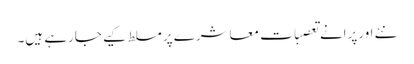
نئے اورپرانے تعصبات معاشرے پر مسلط کیے جارہے ہیں۔